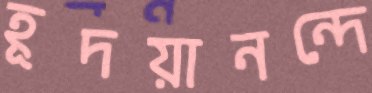
হূদয়ানন্দে